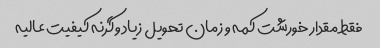
فقط مقدار خورشت کمه و زمان تحویل زیاد وگرنه کیفیت عالیه